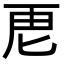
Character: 𮓘